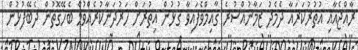
ރާއްޖެއާއި އުތުރުކަރައާ ދެމެދު ޒަމާނުއްސުރެ ޤާއިމްވެފައިވާ ގުޅުން އިތުރަށް ހަރުދަނާކުރެއްވުމާ ބެހޭގޮތުން ދެބޭފުޅުން